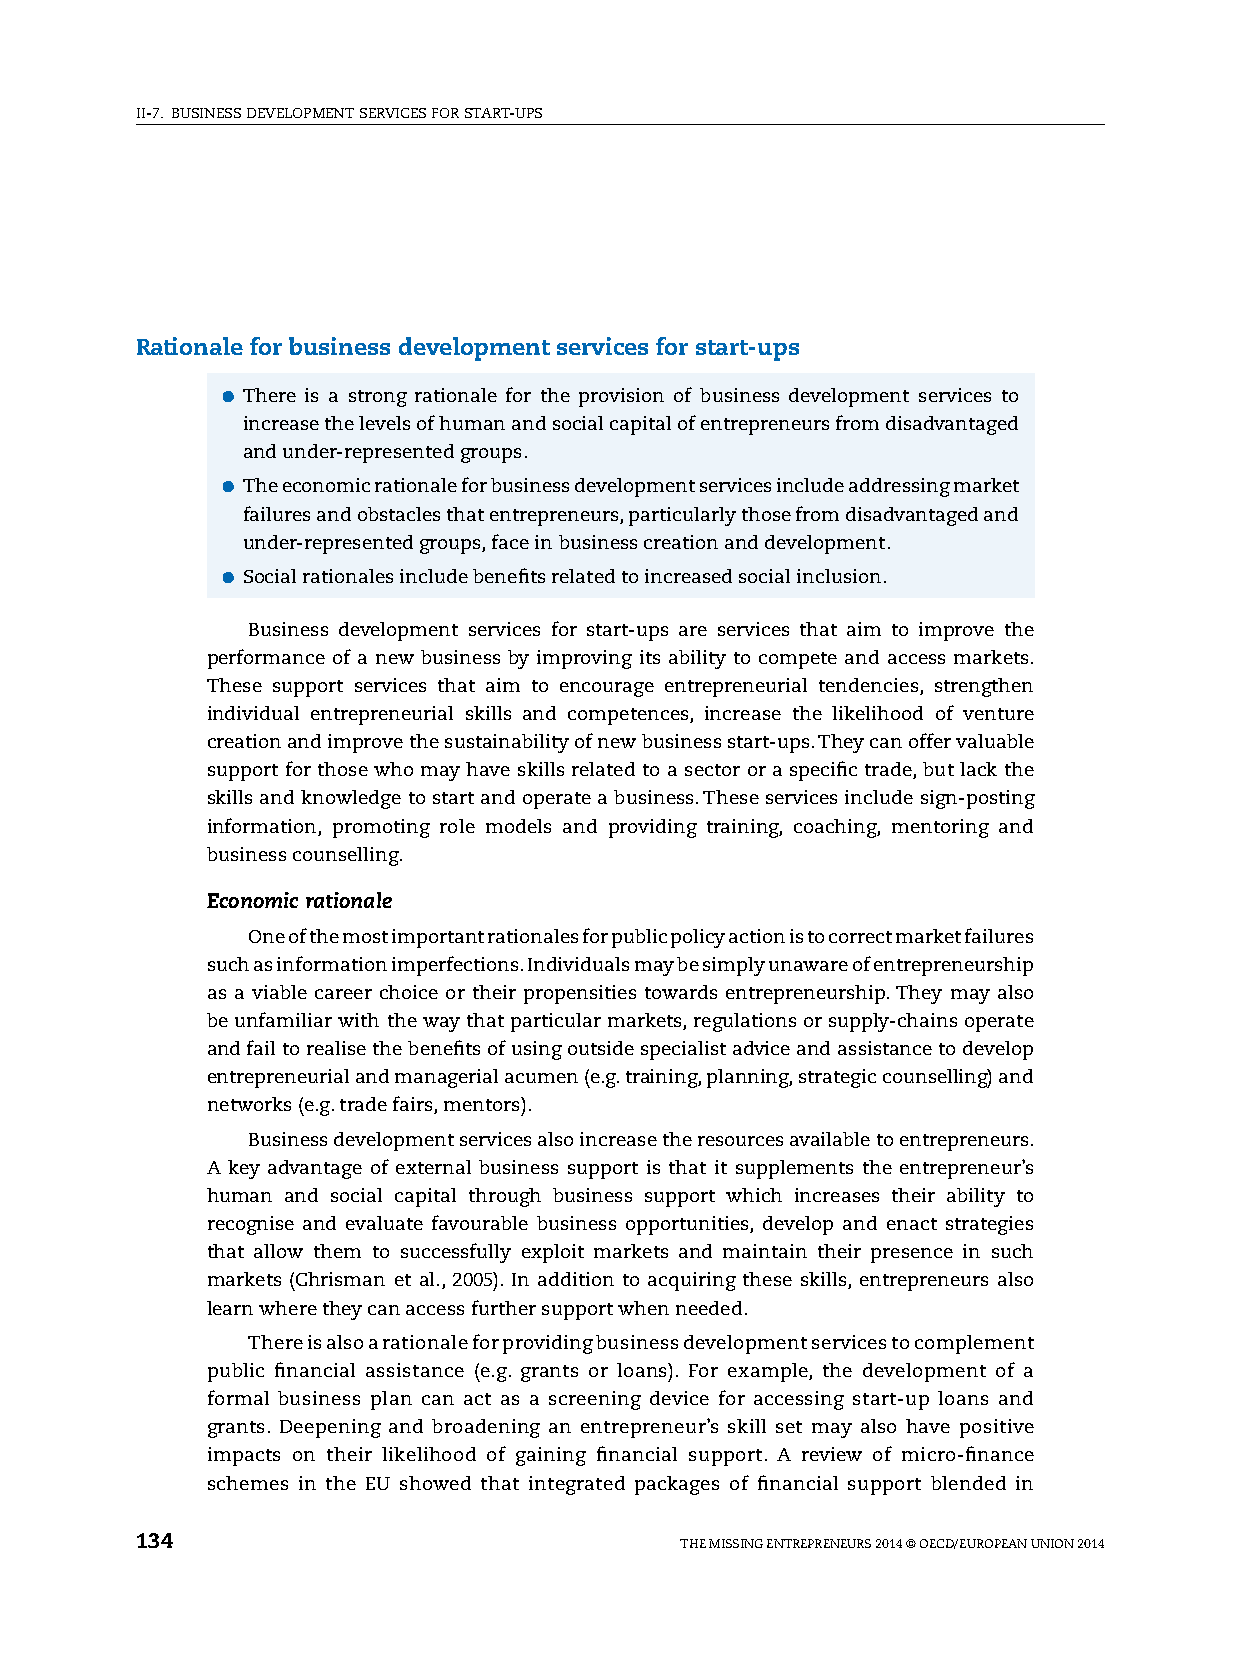
II-7. BUsINEss DEvElOpMENT sERvICEs FOR sTART-Ups
 Rationale for business development services for start-ups
 ●●There is a strong rationale for the provision of business development services to
 increase the levels of human and social capital of entrepreneurs from disadvantaged
 and under-represented groups.
 ●●The economic rationale for business development services include addressing market
 failures and obstacles that entrepreneurs, particularly those from disadvantaged and
 under-represented groups, face in business creation and development.
 ●●social rationales include benefits related to increased social inclusion.
 Business development services for start-ups are services that aim to improve the
 performance of a new business by improving its ability to compete and access markets.
 These support services that aim to encourage entrepreneurial tendencies, strengthen
 individual entrepreneurial skills and competences, increase the likelihood of venture
 creation and improve the sustainability of new business start-ups. They can offer valuable
 support for those who may have skills related to a sector or a specific trade, but lack the
 skills and knowledge to start and operate a business. These services include sign-posting
 information, promoting role models and providing training, coaching, mentoring and
 business counselling.
 Economic rationale
 One of the most important rationales for public policy action is to correct market failures
 such as information imperfections. Individuals may be simply unaware of entrepreneurship
 as a viable career choice or their propensities towards entrepreneurship. They may also
 be unfamiliar with the way that particular markets, regulations or supply-chains operate
 and fail to realise the benefits of using outside specialist advice and assistance to develop
 entrepreneurial and managerial acumen (e.g. training, planning, strategic counselling) and
 networks (e.g. trade fairs, mentors).
 Business development services also increase the resources available to entrepreneurs.
 A key advantage of external business support is that it supplements the entrepreneur’s
 human and social capital through business support which increases their ability to
 recognise and evaluate favourable business opportunities, develop and enact strategies
 that allow them to successfully exploit markets and maintain their presence in such
 markets (Chrisman et al., 2005). In addition to acquiring these skills, entrepreneurs also
 learn where they can access further support when needed.
 There is also a rationale for providing business development services to complement
 public financial assistance (e.g. grants or loans). For example, the development of a
 formal business plan can act as a screening device for accessing start-up loans and
 grants. Deepening and broadening an entrepreneur’s skill set may also have positive
 impacts on their likelihood of gaining financial support. A review of micro-finance
 schemes in the EU showed that integrated packages of financial support blended in
 134                                 ThE MIssING ENTREpRENEURs 2014 © OECD/EUROpEAN UNION 2014